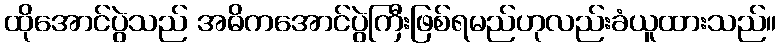
ထိုအောင်ပွဲသည် အဓိကအောင်ပွဲကြီးဖြစ်ရမည်ဟုလည်းခံယူထားသည်။